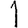
Digit: 1